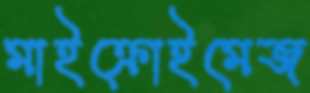
মাইক্রোইমেজ